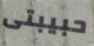
حبيبتى